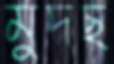
মুদছ